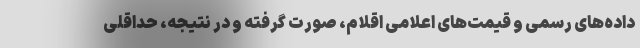
داده‌های رسمی و قیمت‌های اعلامی اقلام، صورت گرفته و در نتیجه، حداقلی